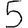
Digit: 5